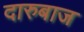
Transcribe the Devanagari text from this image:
दारुबाज